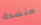
منضدة